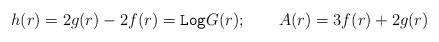
LaTeX: \begin{align*}h(r)=2 g(r)-2 f(r)=\texttt{Log} G(r); \qquad A(r)=3 f(r)+2 g(r)\end{align*}